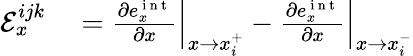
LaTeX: \begin{array}{rl}{\mathcal{E}_{x}^{ijk}}&{{}=\left.\frac{\partial e_{x}^{\mathrm{~i~n~t~}}}{\partial x}\right|_{x\rightarrow x_{i}^{+}}-\left.\frac{\partial e_{x}^{\mathrm{~i~n~t~}}}{\partial x}\right|_{x\rightarrow x_{i}^{-}}}\end{array}